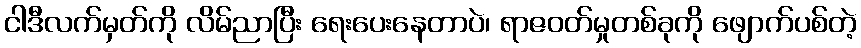
ငါဒီလက်မှတ်ကို လိမ်ညာပြီး ရေးပေးနေတာပဲ၊ ရာဇဝတ်မှုတစ်ခုကို ဖျောက်ပစ်တဲ့